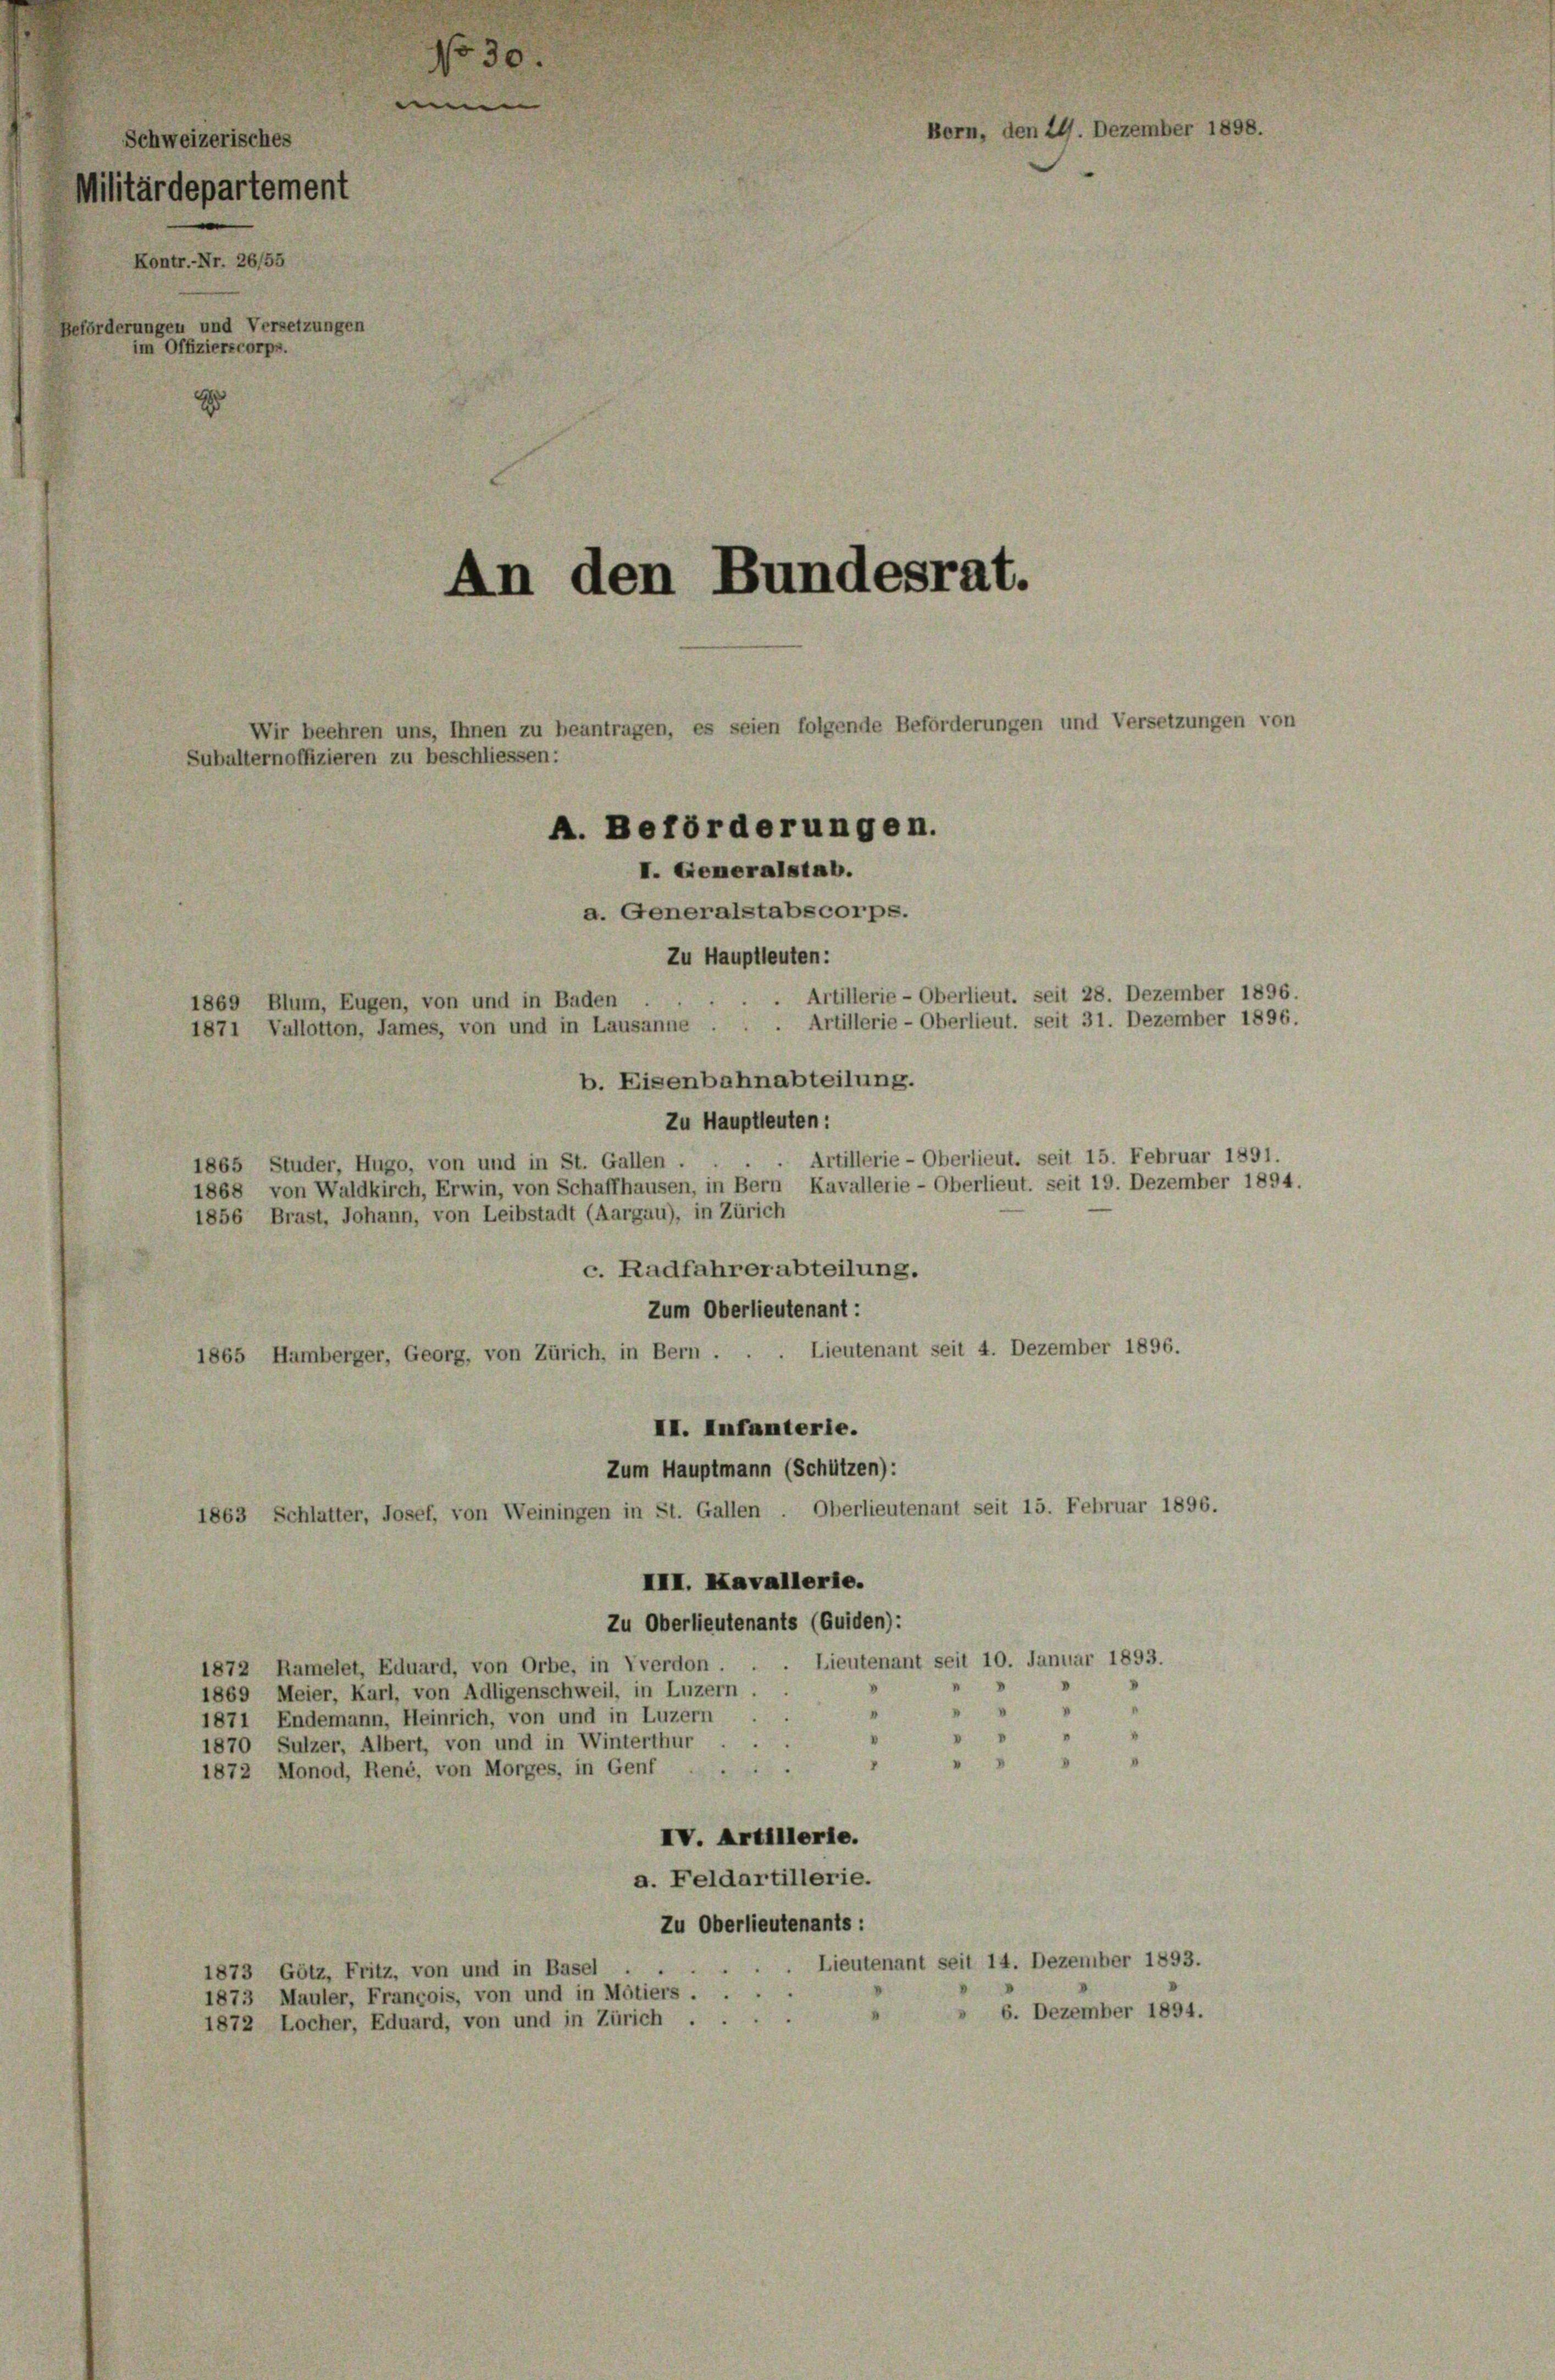
Schweizerisches
Militärdepartement
Kontr.-Nr. 26/55
eförderungen und Versetzungen
im Offizierscorps.

1869 Blum, Eugen, von und in Baden
1871 Vallotton, James, von und in Lausanne.

1865 Studer, Hugo, von und in St. Gallen.

An den Bundesrat.
Wir beehren uns, Ihnen zu beantragen, es seien folgende Beförderungen und Versetzungen von
Subalternoffizieren zu beschliessen:
A. Beförderungen.
I. Generalstab.
a. Generalstabscorps.

No 30.

b. Eisenbahnabteilung.

Bern, den 24. Dezember 11

Zu Hauptleuten:
Artillerie - Oberlieut. seit 28. Dezember 1896.
Artillerie - Oberlieut. seit 31. Dezember 1896.
Zu Hauptleuten:
Artillerie - Oberlieut. seit 15. Februar 1891.
1868 von Waldkirch, Erwin, von Schaffhausen, in Bern Kavallerie - Oberlieut. seit 19. Dezember 1894.
1856 Brast, Johann, von Leibstadt (Aargau), in Zürich
c. Radfahrerabteilung.
Zum Oberlieutenant:
1865 Hamberger, Georg, von Zürich, in Bern . . . Lieutenant seit 4. Dezember 1896.
II. Infanterie.
Zum Hauptmann (Schützen):
1863 Schlatter, Josef, von Weiningen in St. Gallen. Oberlieutenant seit 15. Februar 1896.
III. Kavallerie.
Zu Oberlieutenants (Guiden):
Lieutenant seit 10. Januar 1893.
1872 Ramelet, Eduard, von Orbe, in Yverdon
1869 Meier, Karl, von Adligenschweil, in Luzern.
"
3
1871 Endemann, Heinrich, von und in Luzern
1870 Sulzer, Albert, von und in Winterthur . .
“
.
3
V
1872 Monod, René, von Morges, in Genf
IV. Artillerie.
a. Feldartillerie.
Zu Oberlieutenants:
. Lieutenant seit 14. Dezember 1893.
1873 Götz, Fritz, von und in Basel
1873 Mauler, Francois, von und in Motiers . .
 6. Dezember 1894.
1872 Locher, Eduard, von und in Zürich